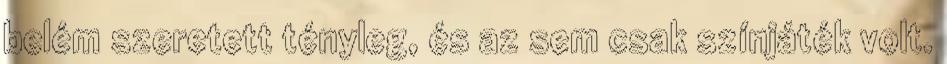
belém szeretett tényleg, és az sem csak színjáték volt.